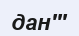
дан'''